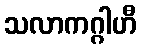
သလာကဂ္ဂါဟီ